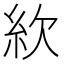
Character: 䊻